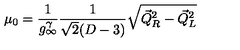
\mu _ { 0 } = \frac { 1 } { g _ { \infty } ^ { \gamma } } \frac { 1 } { \sqrt { 2 } ( D - 3 ) } \sqrt { { \vec { Q } } _ { R } ^ { 2 } - { \vec { Q } } _ { L } ^ { 2 } } \nonumber \,